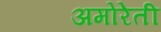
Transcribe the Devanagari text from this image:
अमोरेती